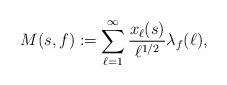
LaTeX: \begin{align*} M(s,f) := \sum_{\ell=1}^{\infty} \frac{x_\ell(s)}{\ell^{1/2}} \lambda_f(\ell),\end{align*}